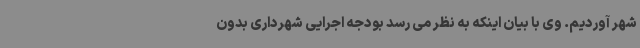
شهر آوردیم. وی با بیان اینکه به نظر می رسد بودجه اجرایی شهرداری بدون